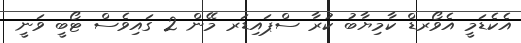
އެކެޑަމީ އެވޯރޑް ކާމިޔާބު ކުރާ ސްޕައިޑަރ މޭން 2 ގައިވެސް ޓޯބީ ވަނީ